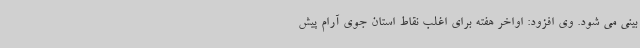
بینی می شود. وی افزود: اواخر هفته برای اغلب نقاط استان جوی آرام پیش